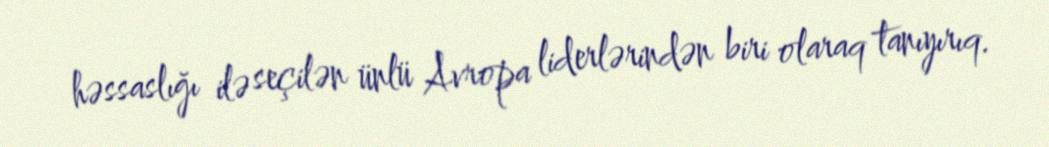
həssaslığı ilə seçilən ünlü Avropa liderlərindən biri olaraq tanıyırıq.